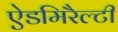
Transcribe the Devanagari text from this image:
ऐडमिरैल्टी